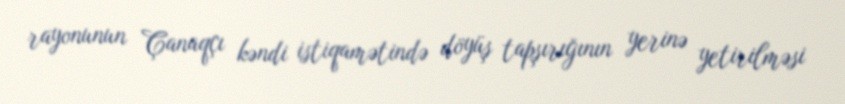
rayonunun Çanaqçı kəndi istiqamətində döyüş tapşırığının yerinə yetirilməsi